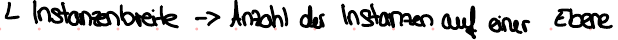
Istanzenbreite -> Anzahl der Instanzen auf einer Ebene